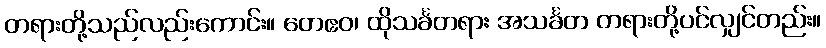
တရားတို့သည်လည်းကောင်း။ တေဧဝ၊ ထိုသင်္ခတရား အသင်္ခတ တရားတို့ပင်လျှင်တည်း။